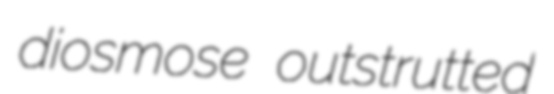
diosmose outstrutted